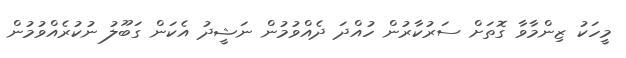
މީހަކު ޒިންމާވާ ގޮތަށް ސަރުކާރުން ހުއްދަ ދެއްވުމުން ނަޝީދު އެކަން ގަބޫލު ނުކުރެއްވުމުން